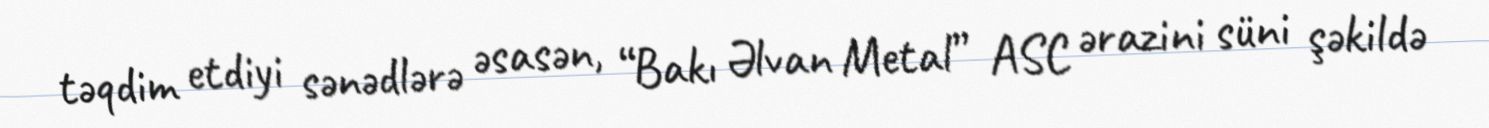
təqdim etdiyi sənədlərə əsasən, “Bakı Əlvan Metal” ASC ərazini süni şəkildə